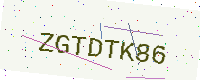
Text: ZGTDTK86